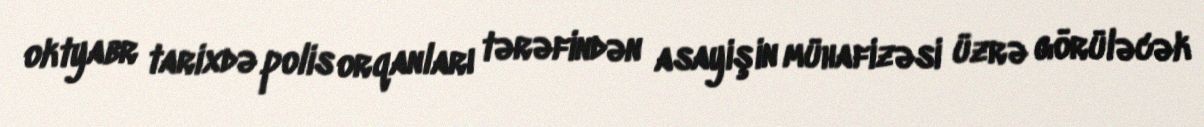
oktyabr tarixdə polis orqanları tərəfindən asayişin mühafizəsi üzrə görüləcək